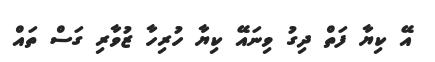
އޭ ކިޔާ ފަތް ދިގު ވިނައޭ ކިޔާ ހުރިހާ ޒުވާރި ގަސް ތައް